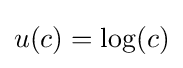
u(c)=\log(c)